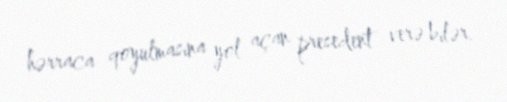
hərraca qoyulmasına yol açan presedent verə bilər.